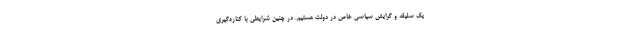
یک سلیقه و گرایش سیاسی خاص در دولت هستیم. در چنین شرایطی با کناره‌گیری